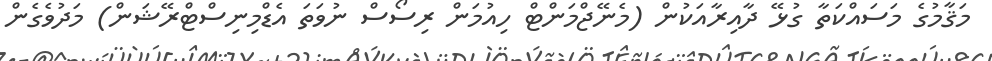
މަޤާމުގެ މަސައްކަތާ ގުޅޭ ދާއިރާއަކުން (މެނޭޖްމަންޓް ހިއުމަން ރިސޯސް ނުވަތަ އެޑްމިނިސްޓްރޭޝަން) މަދުވެގެން